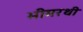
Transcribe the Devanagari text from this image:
भीमरथी